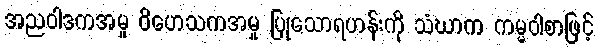
အညဝါဒကအမှု ဝိဟေသကအမှု ပြုသောရဟန်းကို သံဃာက ကမ္မဝါစာဖြင့်